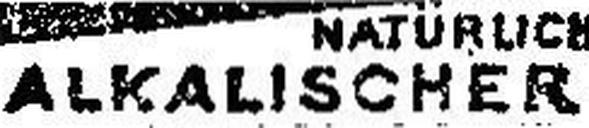
ALKALISCHER